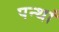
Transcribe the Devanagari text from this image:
पन्थां